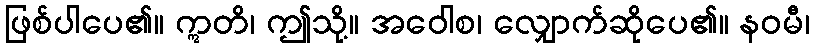
ဖြစ်ပါပေ၏။ ဣတိ၊ ဤသို့။ အဝေါစ၊ လျှောက်ဆိုပေ၏။ နဝမီ၊